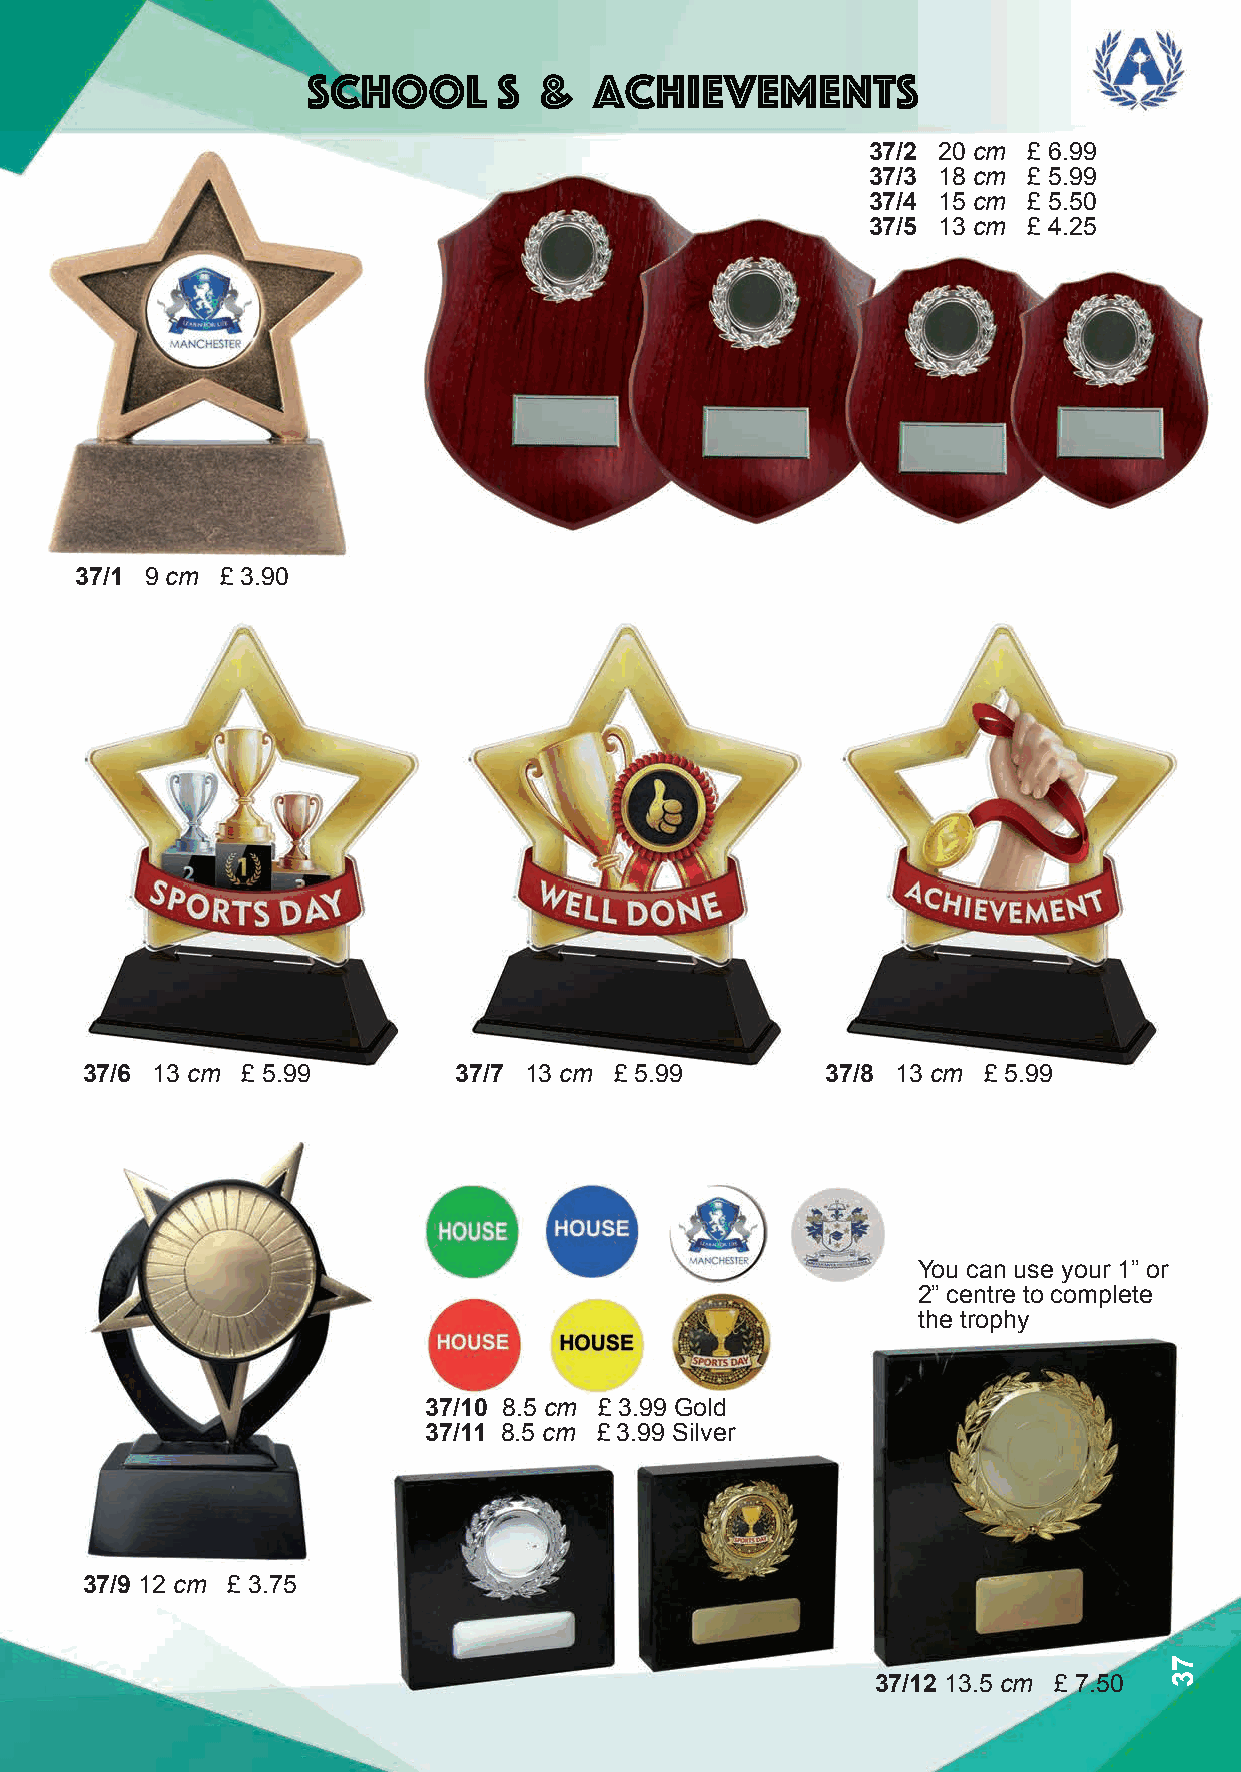
School       s  &  achievements
 37/2 20 cm £ 6.99
 37/3 18 cm £ 5.99
 37/4 15 cm £ 5.50
 37/5 13 cm £ 4.25
 37/1 9 cm £ 3.90
 37/6 13 cm £ 5.99        37/7 13 cm £ 5.99        37/8 13 cm £ 5.99
 You can use your 1” or
 2” centre to complete
 the trophy
 37/10 8.5 cm £ 3.99 Gold
 37/11 8.5 cm £ 3.99 Silver
 37/9 12 cm £ 3.75
 37/12 13.5 cm £ 7.50
 73